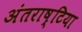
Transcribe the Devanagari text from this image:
अंतराष्टिया